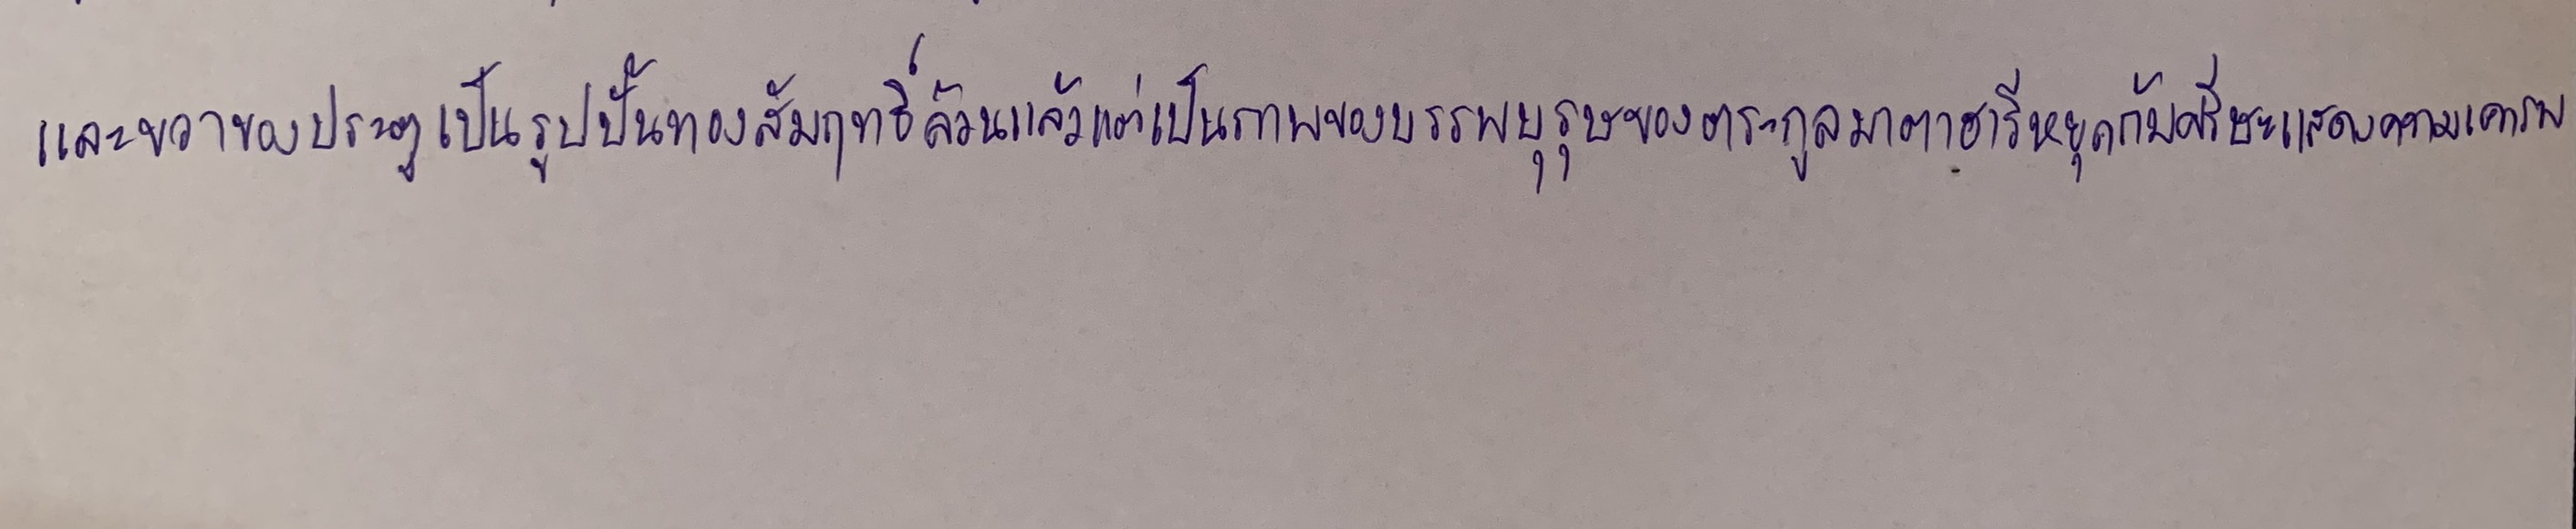
และขวาของประตูเป็นรูปปั้นทองสัมฤทธิ์ล้วนแล้วแต่เป็นภาพของบรรพบุรุษของตระกูลมาตาฮารีหยุดก้มศีรษะแสดงความเคารพ